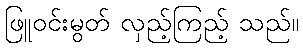
ဖြူဝင်းမွတ် လှည့်ကြည့် သည်။